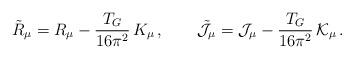
LaTeX: \begin{align*}\tilde R_\mu=R_\mu -\frac{T_G}{16\pi^2}\,{ K}_{\mu}\,,\qquad\tilde{\cal J}_\mu={\cal J}_\mu -\frac{T_G}{16\pi^2}\,{\cal K}_{\mu}\,.\end{align*}